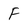
Character: F